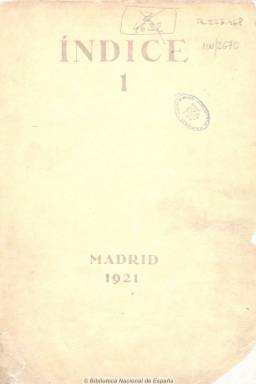
Título: Índice (Madrid. 1921)
Colección: Literatura
Ámbito geográfico: Madrid
Lugar de publicación: Madrid
Fechas: 01/01/1921-31/12/1922

Primera aventura editorial del poeta Juan Ramón Jiménez (1881-1958) -sus otras dos revistas fueron Sí (1925) y Ley (1927- que funda y dirige a partir de julio de 1921 y que se convertirá en la plataforma de los poetas, precisamente, de la generación Índice y que más tarde se conocerá como del 27. En sus páginas se darán cita, por tanto, Pedro Salinas, José Bergamín, Jorge Guillén, Gerardo Diego, Dámaso Alonso, Antonio Marichalar o Antonio Espina, pero también otros escritores, críticos y poetas, como Antonio Machado, Federico García Lorca, Alfonso Reyes, Corpus Barga, José Moreno Villa, Adolfo Salazar, Azorín, José Ortega y Gasset, Gabriel García Maroto, José Juan Tablada, Ramón Gómez de la Serna, Ramón Pérez de Ayala, Enrique Díez-Canedo o Julio Cejador. Pues se declara intergeneracional y ajena de cualquier “grupo”, siendo una mezcla de las distintas generaciones que conviven juntas, y siendo sus redactores y colaboradores “escritores de las más distintas tendencias, españoles e hispano-americanos, unidos sólo por el interés común de la exaltación del espíritu y por el gusto de las cosas bellas”, tal como se declara en sus propias páginas.

A J.R.J. le ayudarán en el empeño tanto Reyes, como Díez-Canedo y Bergamín, y los dos primeros números tendrán como secretario de redacción a Ricardo Diez-Canedo, y en los dos siguientes a Juan Guerrero Ruiz, pues sólo llega a editar cuatro entregas. Subtitulándose las tres primeras como “revista mensual”, su aparición fue irregular por diversos motivos, siendo su última entrega la de abril de 1922. El cuarto número se subtitula “revista de definición y concordia”, y “selectamente ecléctica” y “primorosamente editada”, según Seoane y Sanz, fueron estampados sus tres primeros números en la imprenta de la que era dueño el propio García Maroto, utilizándose las dos tintas en la composición del cuarto número.

Las entregas de esta primera revista juanramoniana están en torno a la treintena de páginas, compuesta a dos columnas y con textos corridos. Incluyen una serie de suplemento con dibujos a color, firmados por M. (probablemente el mismo Maroto) y en ella se darán cita unos cuarenta colaboradores. La única ilustración del cuarto número corresponde a W. Jahl.

Contiene textos de crítica, estudios y creación literaria, tanto en prosa como en verso, con poemas, narraciones, dramaturgia, con una sección Varia con la inclusión de una antología española con textos clásicos de Góngora o Rabbi Don Sem Tob, traducciones de textos de J.J. Jacobsen, U. Cardarelli o H. von Hofmannsthal, otra sección de Cartas y otra de Bibliografía selecta y algunas crónicas.

Con el mismo título, el poeta de Moguer editó hasta siete volúmenes de una Biblioteca o colección de libros. Existió un nonato número 5 de la revista, cuyo sumarió se anunció y del que se corrigieron pruebas, tal como señala un estudio sobre el mismo de Antonio Hernández Jiménez. En 1987, fue publicada una edición facsímil de la revista, con un estudio de su editor, José Esteban.